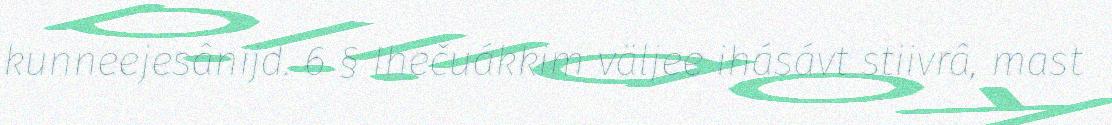
kunneejesânijd. 6 § Ihečuákkim väljee ihásávt stiivrâ, mast